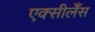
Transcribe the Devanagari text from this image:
एक्सीलेँस